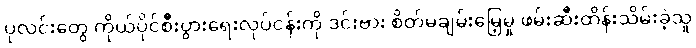
ပုလင်းတွေ ကိုယ်ပိုင်စီးပွားရေးလုပ်ငန်းကို ဒင်းဗား စိတ်မချမ်းမြေ့မှု ဖမ်းဆီးထိန်းသိမ်းခဲ့သူ